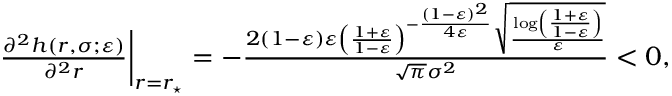
\begin{array} { r } { \frac { \partial ^ { 2 } h ( r , \sigma ; \varepsilon ) } { \partial ^ { 2 } r } \bigg | _ { r = r _ { \star } } = - \frac { 2 ( 1 - \varepsilon ) \varepsilon \left( \frac { 1 + \varepsilon } { 1 - \varepsilon } \right) ^ { - \frac { ( 1 - \varepsilon ) ^ { 2 } } { 4 \varepsilon } } \sqrt { \frac { \log \left( \frac { 1 + \varepsilon } { 1 - \varepsilon } \right) } { \varepsilon } } } { \sqrt { \pi } \sigma ^ { 2 } } < 0 , } \end{array}